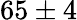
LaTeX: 65\pm 4